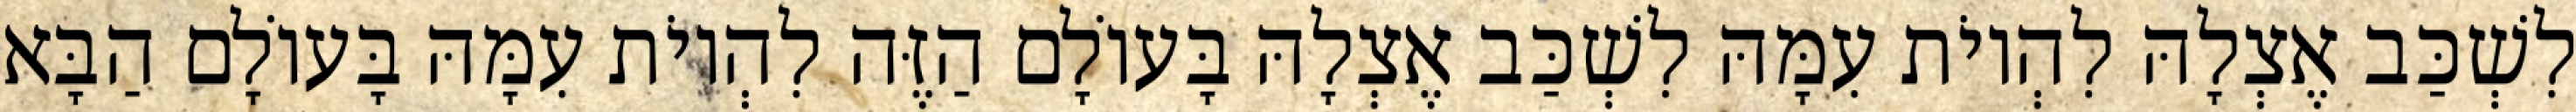
לִשְׁכַּב אֶצְלָהּ לִהְיוֹת עִמָּהּ לִשְׁכַּב אֶצְלָהּ בָּעוֹלָם הַזֶּה לִהְיוֹת עִמָּהּ בָּעוֹלָם הַבָּא